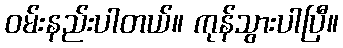
ဝမ်းနည်းပါတယ်။ ကုန်သွားပါပြီ။